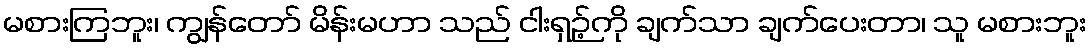
မစားကြဘူး၊ ကျွန်တော် မိန်းမဟာ သည် ငါးရှဉ့်ကို ချက်သာ ချက်ပေးတာ၊ သူ မစားဘူး